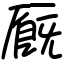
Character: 厩